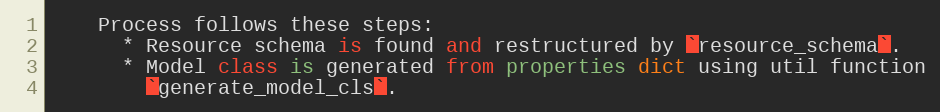
Language: Python
    Process follows these steps:
      * Resource schema is found and restructured by `resource_schema`.
      * Model class is generated from properties dict using util function
        `generate_model_cls`.